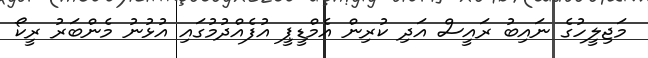
މަޖިލީހުގެ ނައިބު ރައީސް އަދި ކުރިން އެމްޑީޕީ އުފެއްދުމުގައި އުޅުނު މެންބަރު ރީކޯ